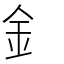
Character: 釒